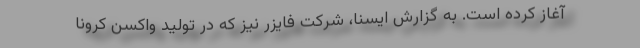
آغاز کرده است. به گزارش ایسنا، شرکت فایزر نیز که در تولید واکسن کرونا